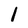
Character: 1